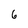
Character: 6